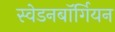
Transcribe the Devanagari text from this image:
स्वेडनबॉर्गियन